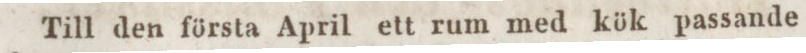
Till den första April ett rum med kök passande